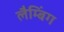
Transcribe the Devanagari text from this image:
लैम्बिंग